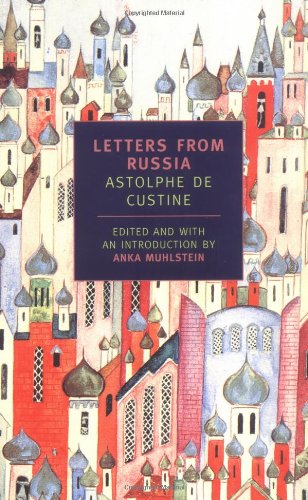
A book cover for Letters from Russia (New York Review Books Classics); Astolphe De Custine; Travel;